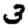
Digit: 3